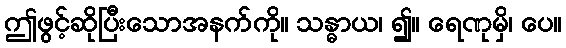
ဤဖွင့်ဆိုပြီးသောအနက်ကို။ သန္ဓာယ၊ ၍။ ရေဏုမှိ၊ ပေ။